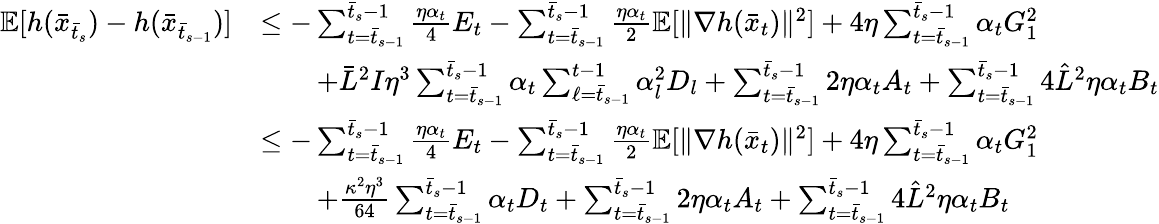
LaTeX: \begin{array}{rl}{\mathbb{E}[h(\bar{x}_{\bar{t}_{s}})-h(\bar{x}_{\bar{t}_{s-1}})]}&{\leq-\sum_{t=\bar{t}_{s-1}}^{\bar{t}_{s}-1}\frac{\eta\alpha_{t}}{4}E_{t}-\sum_{t=\bar{t}_{s-1}}^{\bar{t}_{s}-1}\frac{\eta\alpha_{t}}{2}\mathbb{E}[\| \nabla h(\bar{x}_{t})\| ^{2}]+4\eta\sum_{t=\bar{t}_{s-1}}^{\bar{t}_{s}-1}\alpha_{t}G_{1}^{2}}\\ &{\qquad+\bar{L}^{2}I\eta^{3}\sum_{t=\bar{t}_{s-1}}^{\bar{t}_{s}-1}\alpha_{t}\sum_{\ell=\bar{t}_{s-1}}^{t-1}\alpha_{l}^{2}D_{l}+\sum_{t=\bar{t}_{s-1}}^{\bar{t}_{s}-1}2\eta\alpha_{t}A_{t}+\sum_{t=\bar{t}_{s-1}}^{\bar{t}_{s}-1}4\hat{L}^{2}\eta\alpha_{t}B_{t}}\\ &{\leq-\sum_{t=\bar{t}_{s-1}}^{\bar{t}_{s}-1}\frac{\eta\alpha_{t}}{4}E_{t}-\sum_{t=\bar{t}_{s-1}}^{\bar{t}_{s}-1}\frac{\eta\alpha_{t}}{2}\mathbb{E}[\| \nabla h(\bar{x}_{t})\| ^{2}]+4\eta\sum_{t=\bar{t}_{s-1}}^{\bar{t}_{s}-1}\alpha_{t}G_{1}^{2}}\\ &{\qquad+\frac{\kappa^{2}\eta^{3}}{64}\sum_{t=\bar{t}_{s-1}}^{\bar{t}_{s}-1}\alpha_{t}D_{t}+\sum_{t=\bar{t}_{s-1}}^{\bar{t}_{s}-1}2\eta\alpha_{t}A_{t}+\sum_{t=\bar{t}_{s-1}}^{\bar{t}_{s}-1}4\hat{L}^{2}\eta\alpha_{t}B_{t}}\end{array}